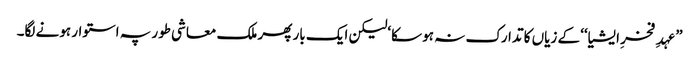
”عہدِ فخرِ ایشیا‘‘ کے زیاں کا تدارک نہ ہو سکا‘لیکن ایک بار پھر ملک معاشی طور پہ استوار ہونے لگا۔